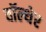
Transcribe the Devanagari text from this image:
वॉल्थेर